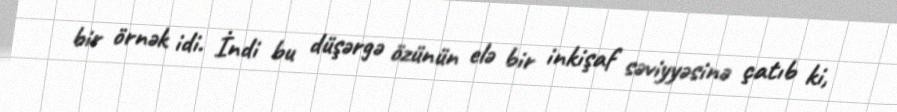
bir örnək idi. İndi bu düşərgə özünün elə bir inkişaf səviyyəsinə çatıb ki,